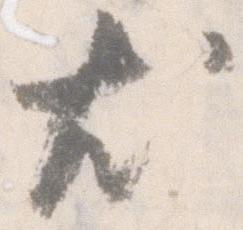
尤